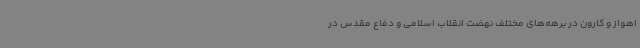
اهواز و کارون در برهه‌های مختلف نهضت انقلاب اسلامی و دفاع مقدس در